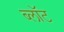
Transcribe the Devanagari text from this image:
ब्‍लॉट